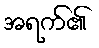
အရက်၏